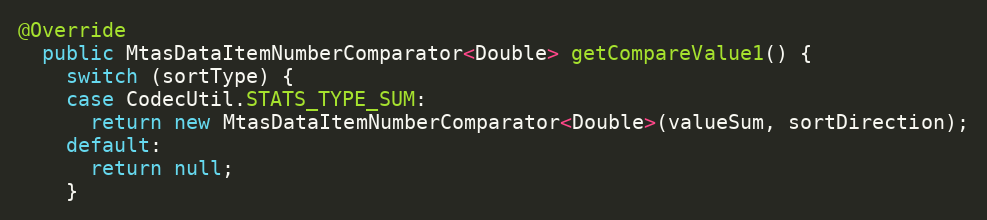
Language: Java
@Override
  public MtasDataItemNumberComparator<Double> getCompareValue1() {
    switch (sortType) {
    case CodecUtil.STATS_TYPE_SUM:
      return new MtasDataItemNumberComparator<Double>(valueSum, sortDirection);
    default:
      return null;
    }